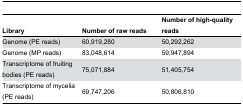
<table><thead><tr><td><b>Library</b></td><td><b>Number of raw reads</b></td><td><b>Number of high-quality reads</b></td></tr></thead><tbody><tr><td>Genome (PE reads)</td><td>60,919,280</td><td>50,292,262</td></tr><tr><td>Genome (MP reads)</td><td>83,048,614</td><td>59,947,894</td></tr><tr><td>Transcriptome of fruiting bodies (PE reads)</td><td>75,071,884</td><td>51,405,754</td></tr><tr><td>Transcriptome of mycelia (PE reads)</td><td>69,747,206</td><td>50,806,810</td></tr></tbody></table>